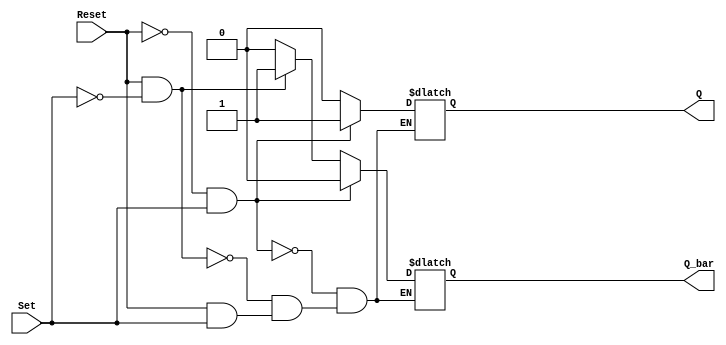
module SR_flipflop (
   input Set,
   input Reset,
   output reg Q,
   output reg Q_bar
);

always @ (Set or Reset) begin
   if (Reset == 0 && Set == 1)
       begin
           Q <= 1;
           Q_bar <= 0;
       end
   else if (Reset == 1 && Set == 0)
       begin
           Q <= 0;
           Q_bar <= 1;
       end
   else if (Reset == 1 && Set == 1)
       begin
           // Retain previous state
       end
   else
       begin
           // Undefined state
           Q <= 0;
           Q_bar <= 0;
       end
end

endmodule